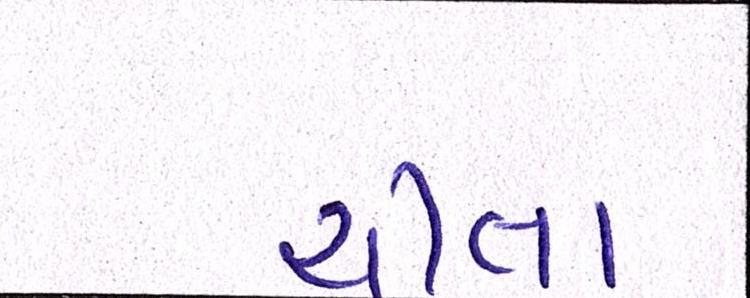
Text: ચીતા